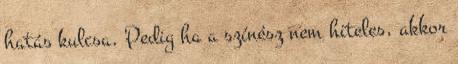
hatás kulcsa. Pedig ha a színész nem hiteles, akkor